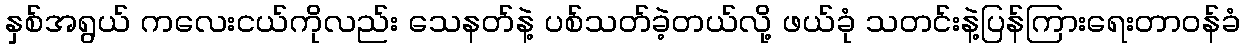
နှစ်အရွယ် ကလေးငယ်ကိုလည်း သေနတ်နဲ့ ပစ်သတ်ခဲ့တယ်လို့ ဖယ်ခုံ သတင်းနဲ့ပြန်ကြားရေးတာဝန်ခံ